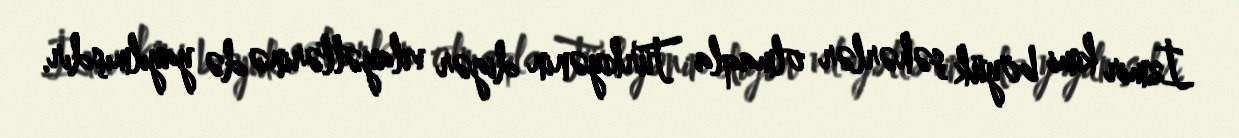
İzmir kimi böyük şəhərlər olmaqla Türkiyənin digər vilayətlərinə də yayılmışdır.